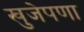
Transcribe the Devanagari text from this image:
खुजेपणा